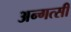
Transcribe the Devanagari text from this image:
अन्गत्सी